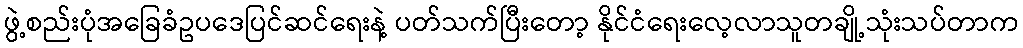
ဖွဲ့စည်းပုံအခြေခံဥပဒေပြင်ဆင်ရေးနဲ့ ပတ်သက်ပြီးတော့ နိုင်ငံရေးလေ့လာသူတချို့သုံးသပ်တာက